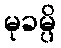
မုခမ္ပိ